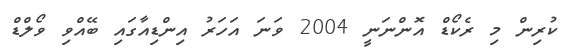
ކުރިން މި ރެކޯޑް އޮންނަނީ 2004 ވަނަ އަހަރު އިންޑިއާގައި ބޭއްވި ވޯލްޑް